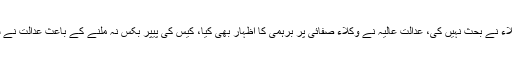
گزشتہ سماعت پر نوازشر یف کے وکلاء نے بحث نہیں کی، عدالت عالیہ نے وکلاء صفائی پر برہمی کا اظہار بھی کیا، کیس کی پیپر بکس نہ ملنے کے باعث عدالت نے سماعت تئیس اپریل تک ملتوی کر دی۔